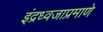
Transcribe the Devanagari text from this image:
इंद्रध्वजाप्रमाणे